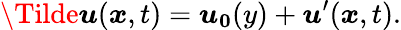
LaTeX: \boldsymbol{\Tilde{u}}(\boldsymbol{x},t)=\boldsymbol{u_{0}}(y)+\boldsymbol{u}^{\prime}(\boldsymbol{x},t).